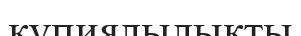
құпиялылықты